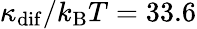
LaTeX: \kappa_{\mathrm{dif}}/k_{\mathrm{B}}T=33.6